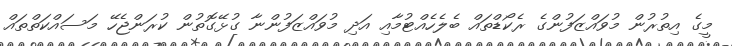
މީގެ އިތުރުން މުވައްޒަފުންގެ ރެކޯޑްތައް ބެލެހެއްޓުމާއި އަދި މުވައްޒަފުންނާ ގުޅޭގޮތުން ކުރަންޖެހޭ މަސައްކަތްތައް